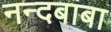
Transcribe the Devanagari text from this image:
नन्दबाबा